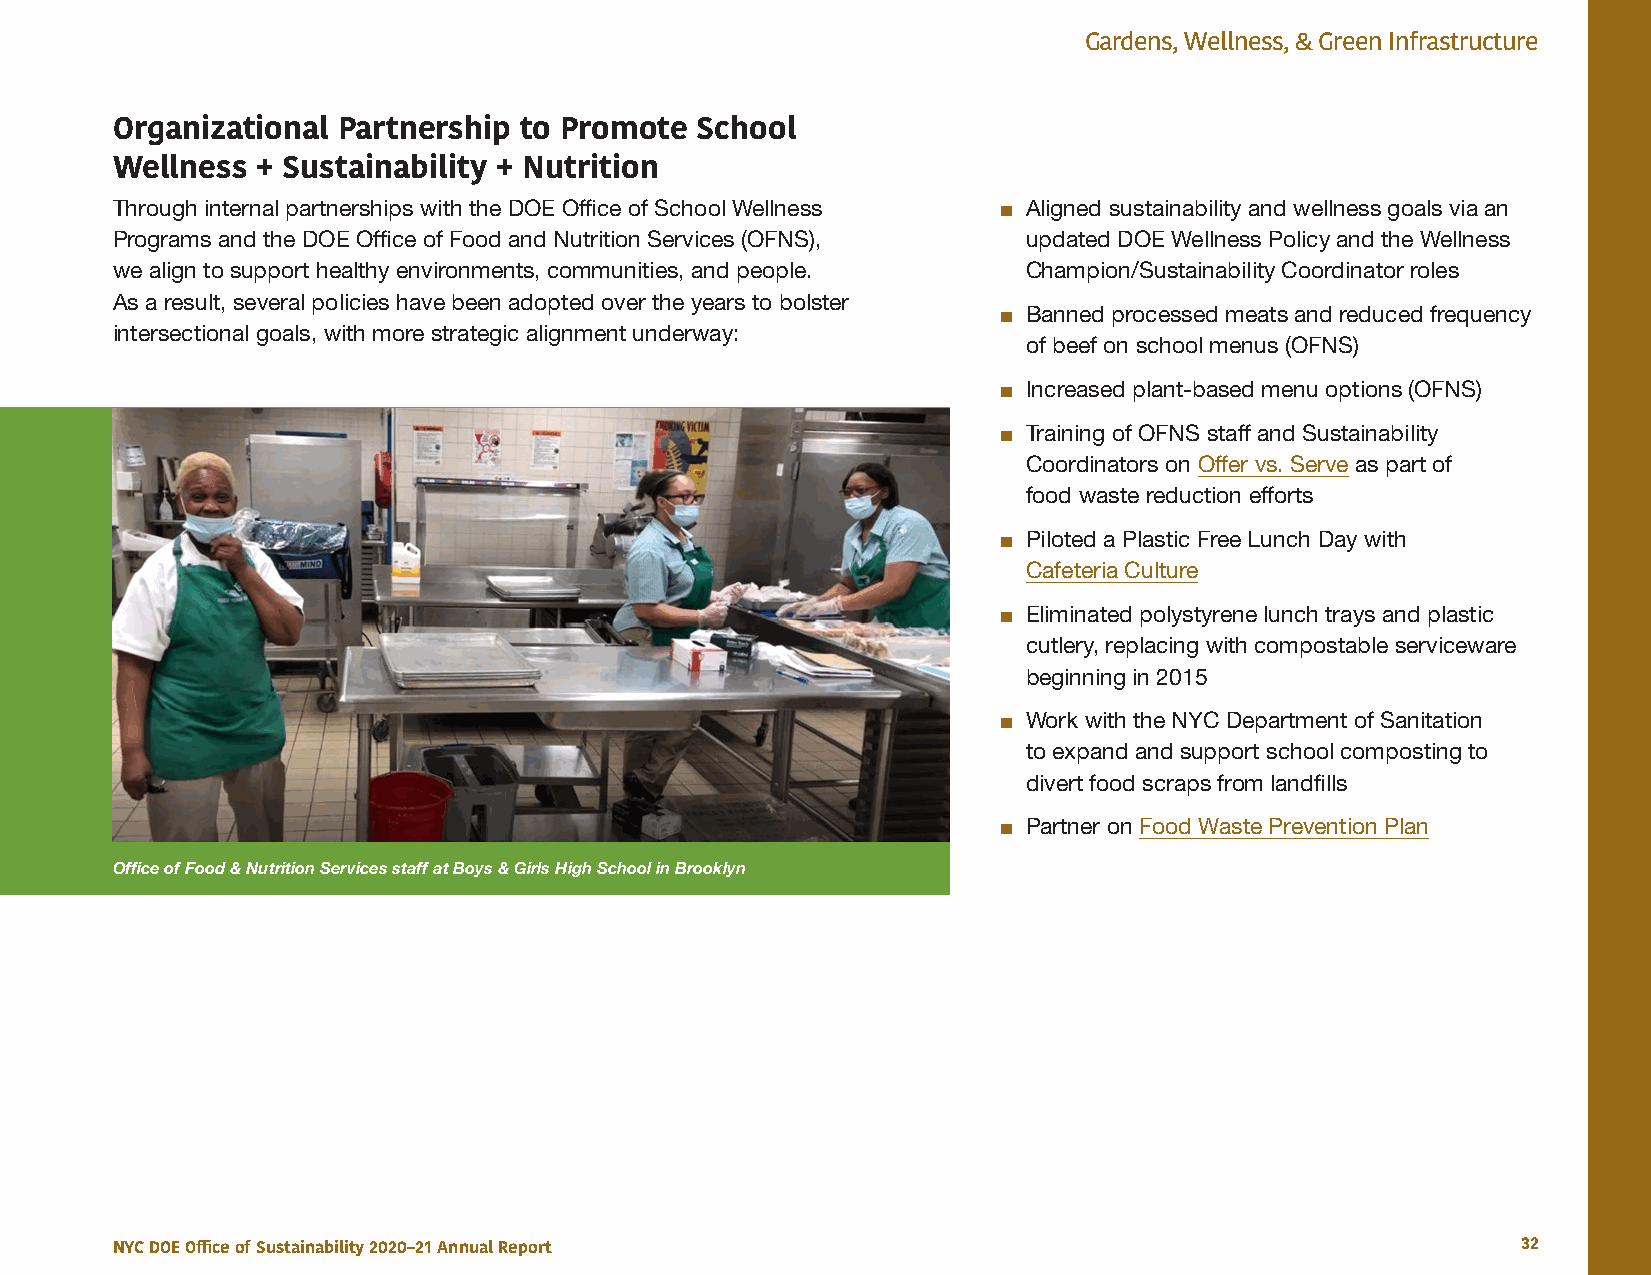
Gardens, Wellness, & Green Infrastructure
 Organizational Partnership to Promote  School
 Wellness  + Sustainability + Nutrition
 Through internal partnerships with the DOE Office of School Wellness ■ Aligned sustainability and wellness goals via an
 Programs and the DOE Office of Food and Nutrition Services (OFNS), updated DOE Wellness Policy and the Wellness
 we align to support healthy environments, communities, and people. Champion/Sustainability Coordinator roles
 As a result, several policies have been adopted over the years to bolster
 ■ Banned processed meats and reduced frequency
 intersectional goals, with more strategic alignment underway:
 of beef on school menus (OFNS)
 ■ Increased plant-based menu options (OFNS)
 ■ Training of OFNS staff and Sustainability
 Coordinators on Offer vs. Serve as part of
 food waste reduction efforts
 ■ Piloted a Plastic Free Lunch Day with
 Cafeteria Culture
 ■ Eliminated polystyrene lunch trays and plastic
 cutlery, replacing with compostable serviceware
 beginning in 2015
 ■ Work with the NYC Department of Sanitation
 to expand and support school composting to
 divert food scraps from landfills
 ■ Partner on Food Waste Prevention Plan
 Office of Food & Nutrition Services staff at Boys & Girls High School in Brooklyn
 NYC DOE Office of Sustainability 2020–21 Annual Report                                        32